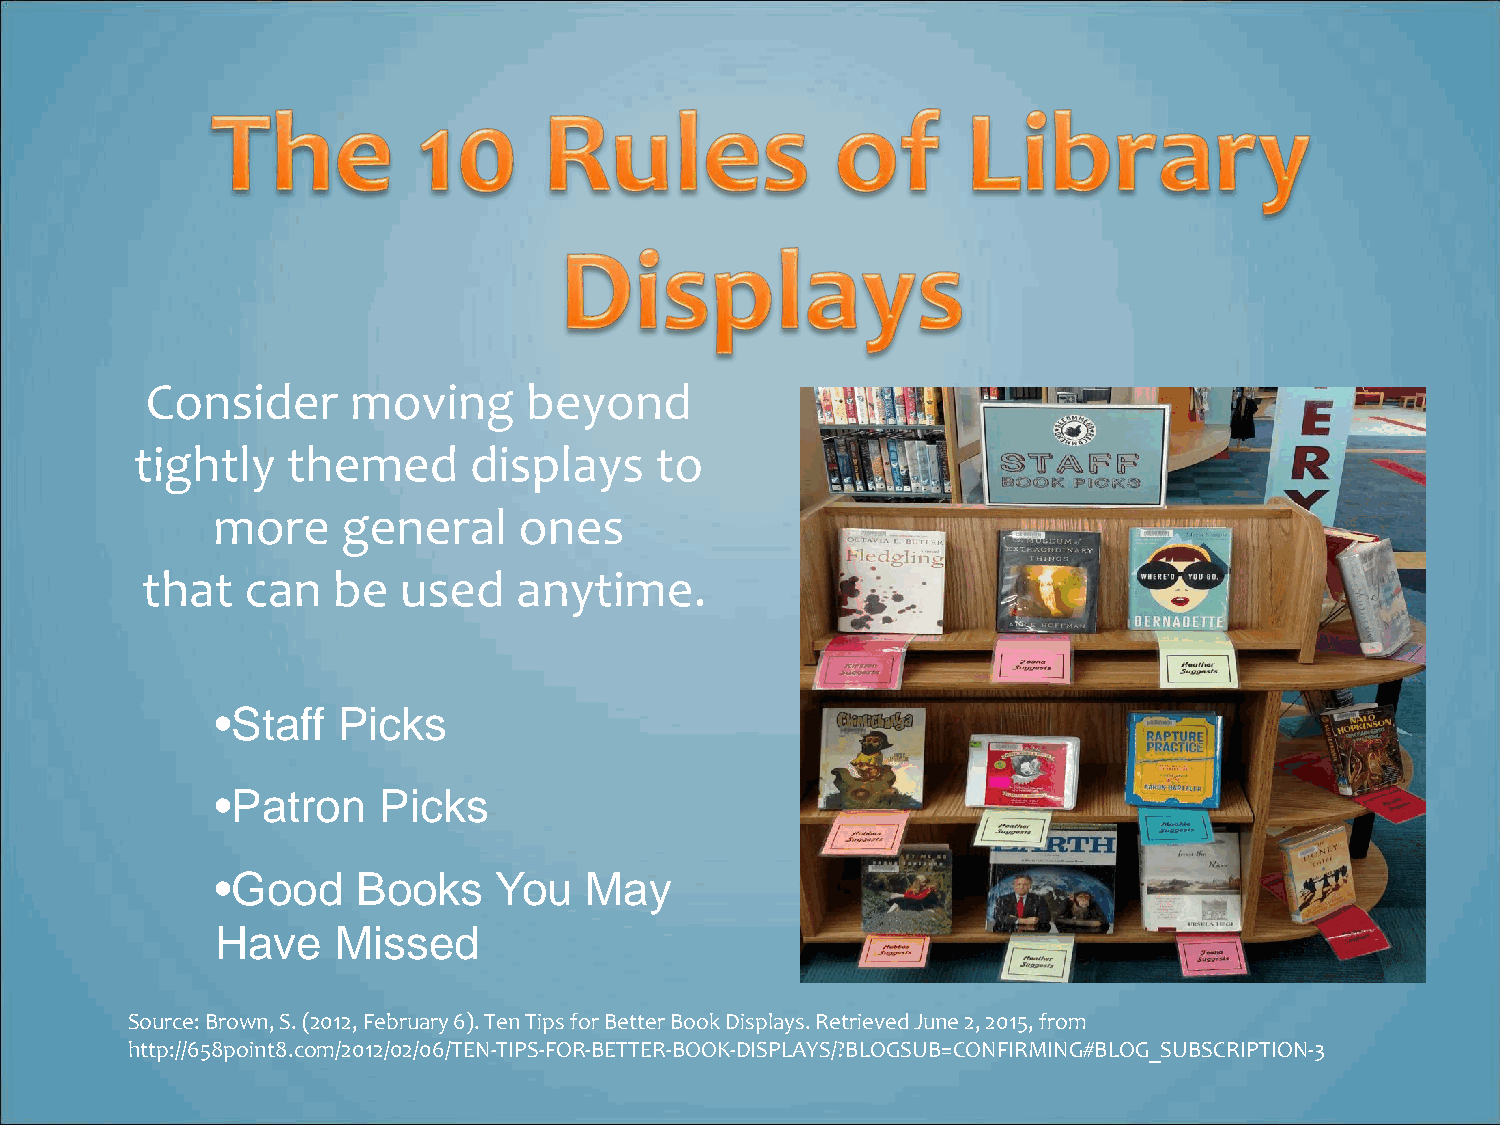
Consider     moving      beyond
 tightly   themed      displays    to
 more     general    ones
 that   can   be  used    anytime.
 •Staff  Picks
 •Patron    Picks
 •Good     Books    You   May
 Have    Missed
 Source: Brown, S. (2012, February 6). Ten Tips for Better Book Displays. Retrieved June 2, 2015, from
 http://658point8.com/2012/02/06/TEN-TIPS-FOR-BETTER-BOOK-DISPLAYS/?BLOGSUB=CONFIRMING#BLOG_SUBSCRIPTION-3